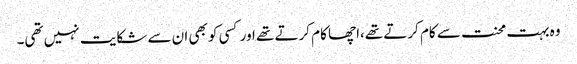
وہ بہت محنت سے کام کرتے تھے،اچھا کام کرتے تھے اور کسی کو بھی ان سے شکایت نہیں تھی۔